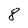
Character: 8